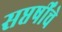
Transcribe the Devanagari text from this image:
सप्तर्षींचे